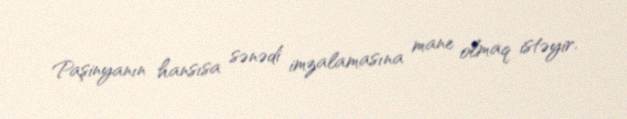
Paşinyanın hansısa sənədi imzalamasına mane olmaq istəyir.